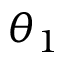
\theta _ { 1 }